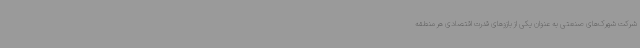
شرکت شهرک‌های صنعتی به عنوان یکی از بازوهای قدرت اقتصادی هر منطقه